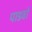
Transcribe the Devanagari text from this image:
पाडवों